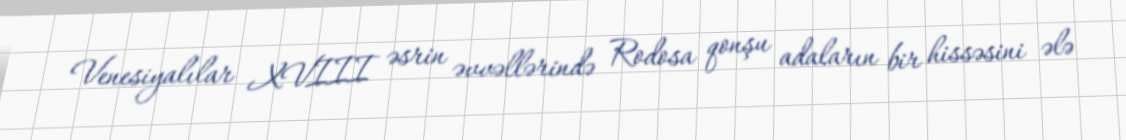
Venesiyalılar XVIII əsrin əvvəllərində Rodosa qonşu adaların bir hissəsini ələ